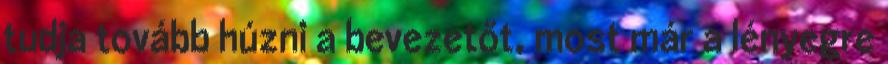
tudja tovább húzni a bevezetőt, most már a lényegre